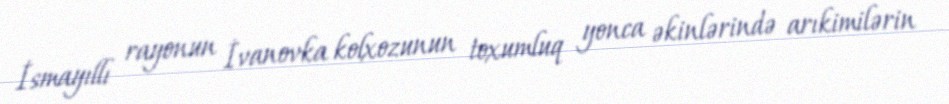
İsmayıllı rayonun İvanovka kolxozunun toxumluq yonca əkinlərində arıkimilərin